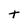
Character: t